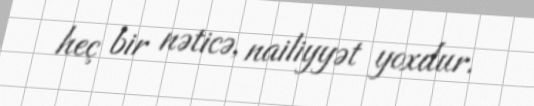
heç bir nəticə, nailiyyət yoxdur.